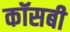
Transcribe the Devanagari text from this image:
कॉसबी